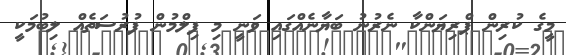
މީގެ ކުރިން ޕްރިޔަންކާ ނެރުނު ބަޔާނެއްގައި ވަނީ މި ފިލްމުން ފުރުސަތެއް ލިބުމަކީ